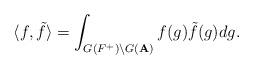
LaTeX: \begin{align*}\langle f, \tilde{f}\rangle =\int_{G(F^+)\backslash G({\bf A})}f(g)\tilde{f}(g)dg.\end{align*}